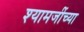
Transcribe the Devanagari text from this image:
श्यामजींच्या